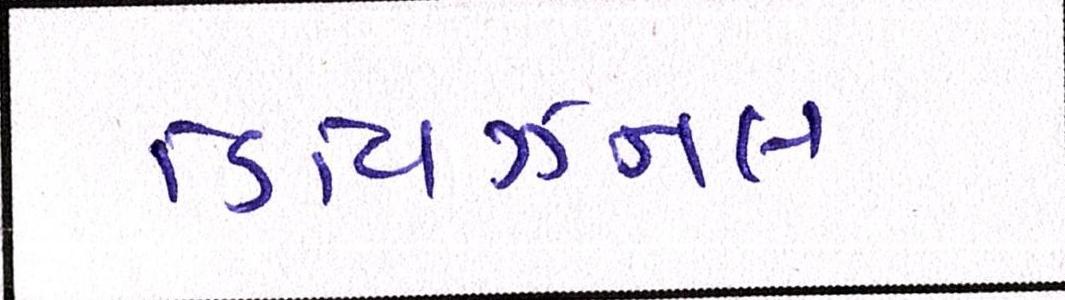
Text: ડિવિઝનલ